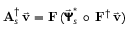
{ \bf A } _ { s } ^ { \dagger } \, \vec { \bf v } = { \bf F } \, ( \vec { \pmb { { \Psi } } } _ { s } ^ { * } \, \circ \, { \bf F } ^ { \dagger } \, \vec { \bf v } )